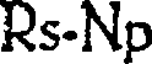
Rs-Np